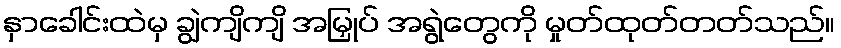
နှာခေါင်းထဲမှ ချွဲကျိကျိ အမြှုပ် အရွဲတွေကို မှုတ်ထုတ်တတ်သည်။